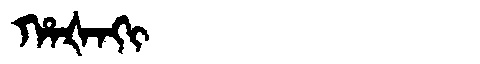
Manchu: ᡥᠠᡧᠠᡴᡳ
Romanization: HAŠAKI